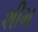
શીમ